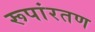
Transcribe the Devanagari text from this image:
रूपांरतण